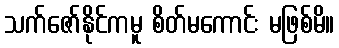
သက်ဇော်နိုင်ကမူ စိတ်မကောင်း မဖြစ်မိ။